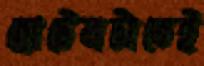
হোটেলটাতেই